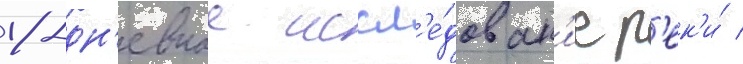
18-дн'евное иссл'е́дован'ие р'ек'и́ /